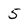
Character: 5